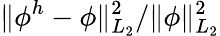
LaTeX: \| \phi^{h}-\phi\| _{L_{2}}^{2}/\| \phi\| _{L_{2}}^{2}